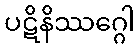
ပဋိနိဿဂ္ဂေါ